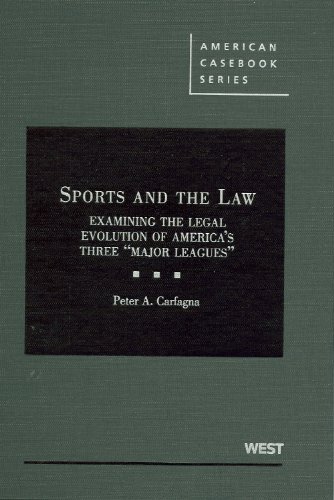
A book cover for Sports and the Law: Examining the Legal Evolution of America's Three "Major Leagues" (American Casebooks); Peter A. Carfagna; Law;